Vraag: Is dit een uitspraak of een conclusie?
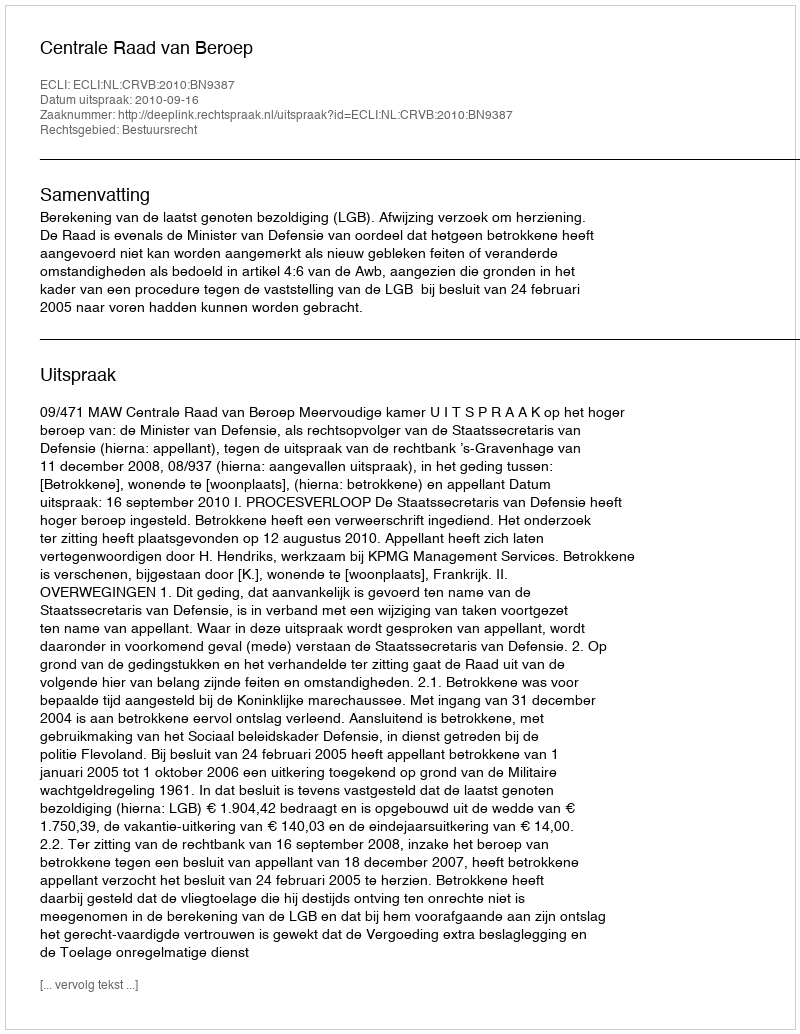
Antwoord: Uitspraak